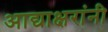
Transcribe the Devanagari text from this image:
आद्याक्षरांनी